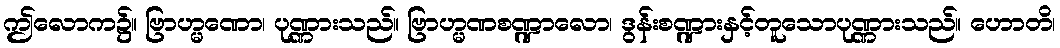
ဤလောက၌။ ဗြာဟ္မဏော၊ ပုဏ္ဏားသည်။ ဗြာဟ္မဏစဏ္ဍာလော၊ ဒွန်းစဏ္ဍားနှင့်တူသောပုဏ္ဏားသည်။ ဟောတိ၊